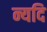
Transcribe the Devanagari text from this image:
न्यदि